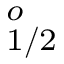
^ o _ { 1 / 2 }